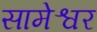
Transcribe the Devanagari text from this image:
सामेश्वर